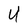
Character: U